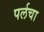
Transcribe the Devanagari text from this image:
पर्लचा